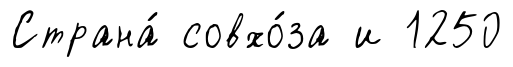
Страна́ совхо́за и 1250